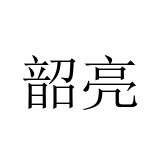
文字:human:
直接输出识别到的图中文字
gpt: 韶亮